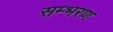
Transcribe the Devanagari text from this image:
सम्भरण